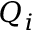
Q _ { i }